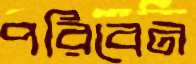
পরিবেন